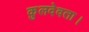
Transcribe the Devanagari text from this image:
कुलदेवता।